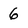
Character: 6